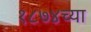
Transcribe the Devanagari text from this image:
१८७४च्या